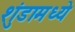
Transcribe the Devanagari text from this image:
शुंडामध्ये